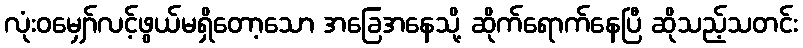
လုံးဝမျှော်လင့်ဖွယ်မရှိတော့သော အခြေအနေသို့ ဆိုက်ရောက်နေပြီ ဆိုသည့်သတင်း